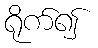
ရိုက်၍